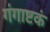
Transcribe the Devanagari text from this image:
गंगाष्टकं